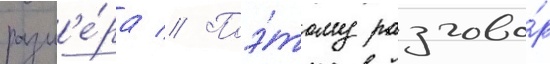
разм'е́ра // Поэ́тому разгово́р